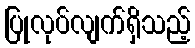
ပြုလုပ်လျက်ရှိသည့်